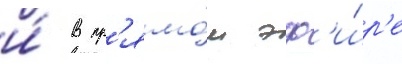
и́ в пр'ямо́м эф'и́р'е